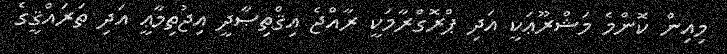
މިއިން ކޮންމެ މަޝްރޫޢަކީ އަދި ޕްރޮގްރާމަކީ ރާއްޖެ އިޤްތިޞާދީ އިޖުތިމާޢީ އަދި ތަރައްޤީގެ